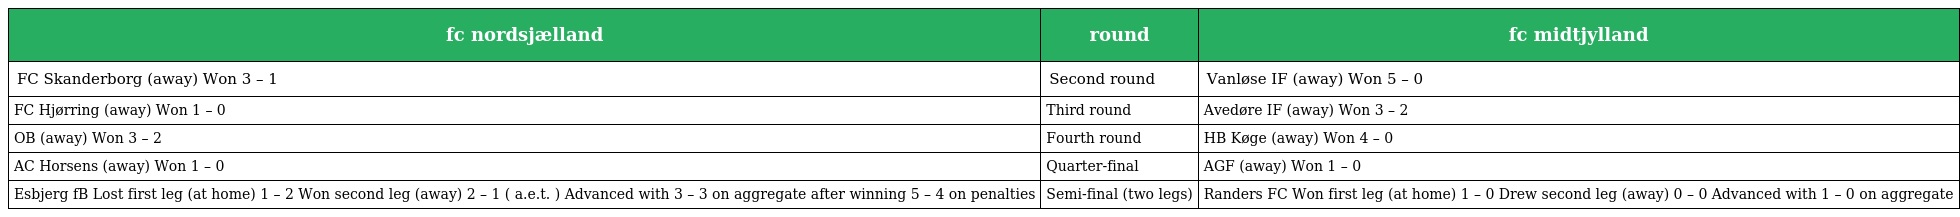
| fc nordsjælland | round | fc midtjylland |
 | --- | --- | --- |
 | FC Skanderborg (away) Won 3 – 1 | Second round | Vanløse IF (away) Won 5 – 0 |
 | FC Hjørring (away) Won 1 – 0 | Third round | Avedøre IF (away) Won 3 – 2 |
 | OB (away) Won 3 – 2 | Fourth round | HB Køge (away) Won 4 – 0 |
 | AC Horsens (away) Won 1 – 0 | Quarter-final | AGF (away) Won 1 – 0 |
 | Esbjerg fB Lost first leg (at home) 1 – 2 Won second leg (away) 2 – 1 ( a.e.t. ) Advanced with 3 – 3 on aggregate after winning 5 – 4 on penalties | Semi-final (two legs) | Randers FC Won first leg (at home) 1 – 0 Drew second leg (away) 0 – 0 Advanced with 1 – 0 on aggregate |